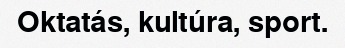
Oktatás, kultúra, sport.